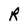
Character: R